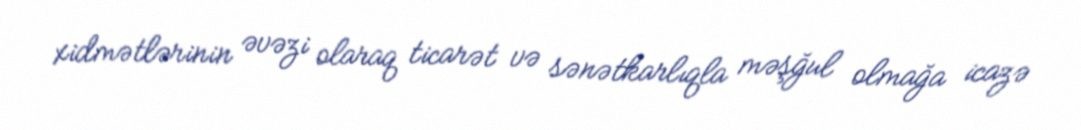
xidmətlərinin əvəzi olaraq ticarət və sənətkarlıqla məşğul olmağa icazə